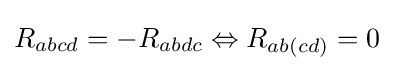
R_{abcd}=-R_{abdc}\Leftrightarrow R_{ab(cd)}=0